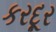
કરદૂર